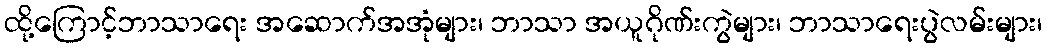
ထို့ကြောင့်ဘာသာရေး အဆောက်အအုံများ၊ ဘာသာ အယူဂိုဏ်းကွဲများ၊ ဘာသာရေးပွဲလမ်းများ၊